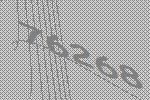
76268